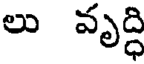
లు వృద్ధి